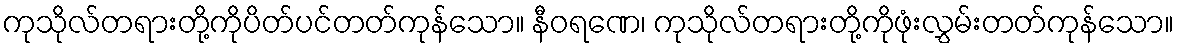
ကုသိုလ်တရားတို့ကိုပိတ်ပင်တတ်ကုန်သော။ နီဝရဏေ၊ ကုသိုလ်တရားတို့ကိုဖုံးလွှမ်းတတ်ကုန်သော။